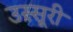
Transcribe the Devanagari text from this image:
उस्सूरी